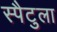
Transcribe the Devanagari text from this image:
स्पैटुला